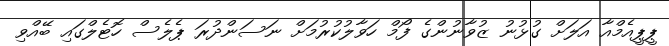
ޕީޕީއެމްއާ އަލަށް ގުޅުނު ޒުވާނުންގެ ފޯމް ހަވާލުކުރުމަށް ނަސަންދުރަ ޕެލެސް ހޮޓެލްގައި ބޭއްވި